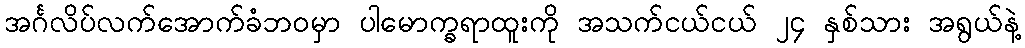
အင်္ဂလိပ်လက်အောက်ခံဘဝမှာ ပါမောက္ခရာထူးကို အသက်ငယ်ငယ် ၂၄ နှစ်သား အရွယ်နဲ့